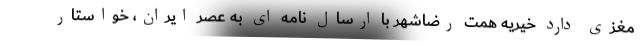
مغزی دارد خیریه همت رضاشهر با ارسال نامه ای به عصر ایران، خواستار